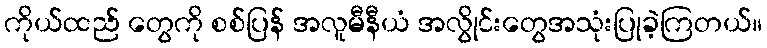
ကိုယ်ထည် တွေကို စစ်ပြန် အလူမီနီယံ အလွိုင်းတွေအသုံးပြုခဲ့ကြတယ်။